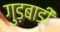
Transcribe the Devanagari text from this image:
गुड़बाड़ी